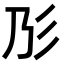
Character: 𢒁